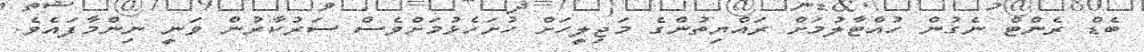
ބެޑް ރެންޓް ނެގުން ހުއްޓާލުމަށް ރައްޔިތުންގެ މަޖިލީހަށް ހުށަހެޅުމަށްވެސް ސަރުކާރުން ވަނީ ނިންމާފައެވެ.